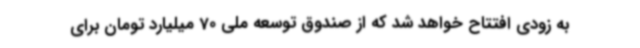
به زودی افتتاح خواهد شد که از صندوق توسعه ملی 70 میلیارد تومان برای